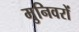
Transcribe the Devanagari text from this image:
मुनिवरों